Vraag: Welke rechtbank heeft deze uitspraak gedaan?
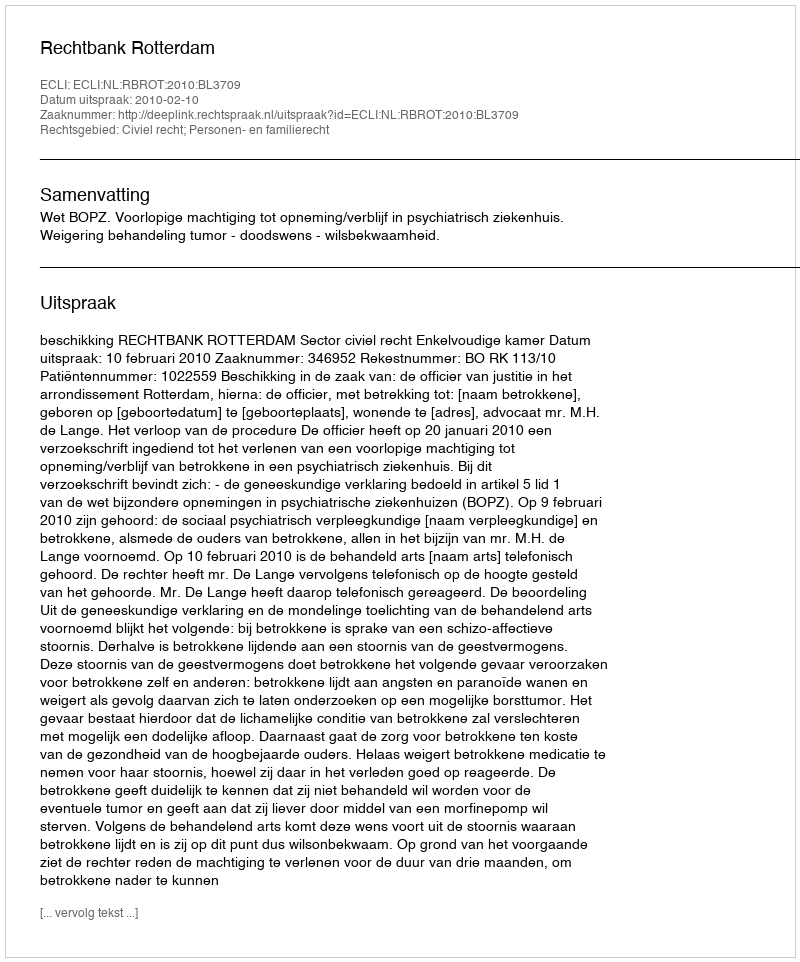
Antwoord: Rechtbank Rotterdam